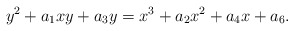
\begin{align*}y^2+a_1xy+a_3y=x^3+a_2x^2+a_4x+a_6.\end{align*}